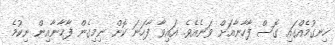
ހިނގުމެއްގައި ގޮސް ފާހާނާއަށް ވަނެއެވެ. އައިވާ ފާހަނަ ކޮށް ނިމިގެން ފާހާނާއިން ނިކުމެ